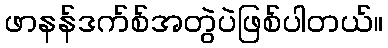
ဖာနန်ဒက်စ်အတွဲပဲဖြစ်ပါတယ်။